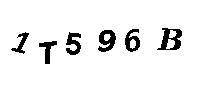
1T596B